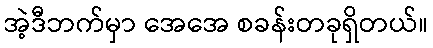
အဲ့ဒီဘက်မှာ အေအေ စခန်းတခုရှိတယ်။